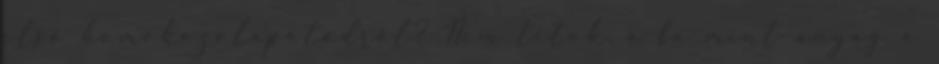
első homokozólapátodról? Nem titok, a fa mint anyag a